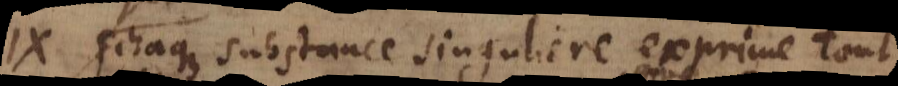
IX. chaque substance singuliere exprime tout